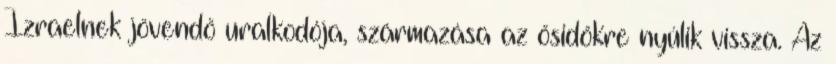
Izraelnek jövendő uralkodója, származása az ősidőkre nyúlik vissza. Az